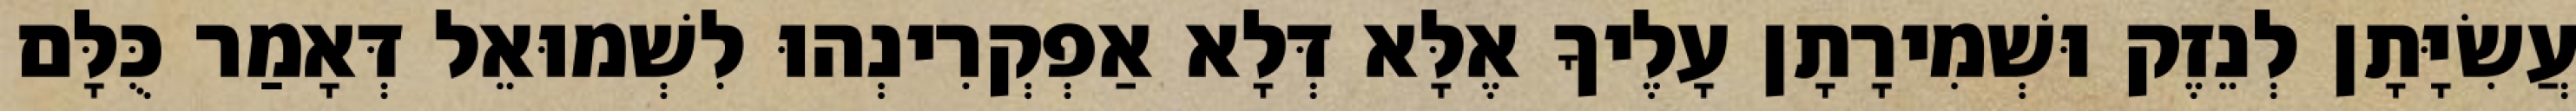
עֲשִׂיָּתָן לְנֵזֶק וּשְׁמִירָתָן עָלֶיךָ אֶלָּא דְּלָא אַפְקְרִינְהוּ לִשְׁמוּאֵל דְּאָמַר כֻּלָּם